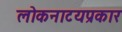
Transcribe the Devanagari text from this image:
लोकनाटयप्रकार